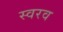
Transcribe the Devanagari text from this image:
स्वरव